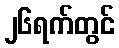
၂၆ရက်တွင်